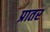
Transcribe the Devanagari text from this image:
प्रातर